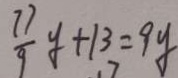
\frac { 7 7 } { 9 } y + 1 3 = 9 y